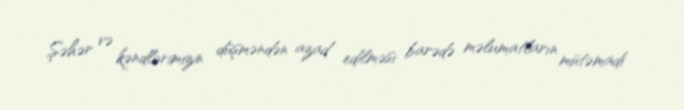
Şəhər və kəndlərimizin düşməndən azad edilməsi barədə məlumatların mütəmadi